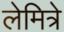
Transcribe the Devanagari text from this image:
लेमित्रे